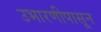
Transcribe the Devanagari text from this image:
उभारणीपासून